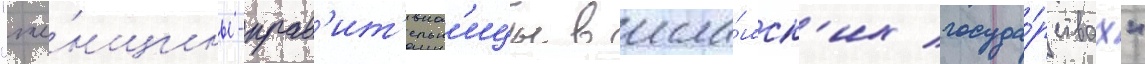
"же́нщины-прав'ит'ельн'ицы в исла́мск'их госуда́рствах"